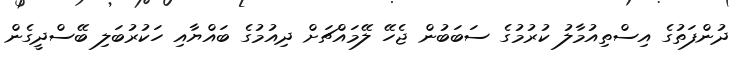
ދުންފަތުގެ އިސްތިއުމާލު ކުރުމުގެ ސަބަބުން ޖެހޭ ލޭމައްޗަށް ދިއުމުގެ ބައްޔާއި ހަކުރުބަލި ބޭސްދީގެން